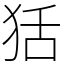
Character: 狧